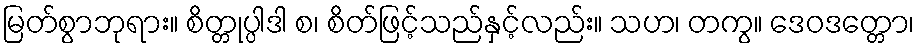
မြတ်စွာဘုရား။ စိတ္တုပ္ပါဒါ စ၊ စိတ်ဖြင့်သည်နှင့်လည်း။ သဟ၊ တကွ။ ဒေဝဒတ္တော၊